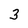
Character: 3